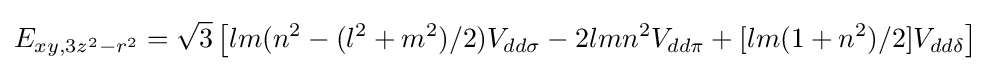
E_{xy,3z^{2}-r^{2}}={\sqrt {3}}\left[lm(n^{2}-(l^{2}+m^{2})/2)V_{dd\sigma }-2lmn^{2}V_{dd\pi }+[lm(1+n^{2})/2]V_{dd\delta }\right]